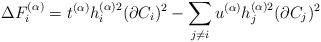
LaTeX: \begin{align*}\Delta F^{(\alpha)}_{i}=t^{(\alpha)}h^{(\alpha)2}_{i} (\partial C_{i})^{2}-\sum _{j\neq i}u^{(\alpha)}h^{(\alpha)2}_{j}(\partial C_{j})^{2} \end{align*}